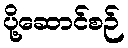
ပို့ဆောင်စဉ်